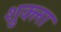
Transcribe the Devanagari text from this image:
श़ुक्ला